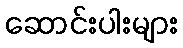
ဆောင်းပါးများ